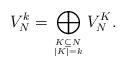
LaTeX: \begin{align*}V_N^k=\bigoplus_{K\subseteq N\atop |K|=k} V_N^K.\end{align*}